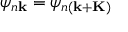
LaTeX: \psi _ { n \mathbf { k } } = \psi _ { n ( \mathbf { k + K } ) }